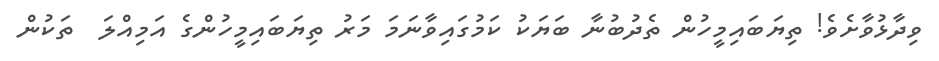
ވިދާޅުވާށެވެ! ތިޔަބައިމީހުން ތެދުބުނާ ބަޔަކު ކަމުގައިވާނަމަ މަރު ތިޔަބައިމީހުންގެ އަމިއްލަ  ތަކުން